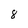
Character: 8